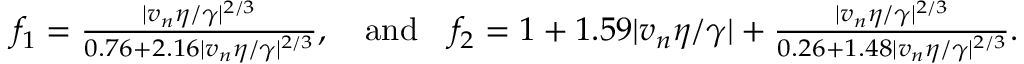
\begin{array} { r } { f _ { 1 } = \frac { | v _ { n } \eta / \gamma | ^ { 2 / 3 } } { 0 . 7 6 + 2 . 1 6 | v _ { n } \eta / \gamma | ^ { 2 / 3 } } , \quad \mathrm { a n d } \quad f _ { 2 } = 1 + 1 . 5 9 | v _ { n } \eta / \gamma | + \frac { | v _ { n } \eta / \gamma | ^ { 2 / 3 } } { 0 . 2 6 + 1 . 4 8 | v _ { n } \eta / \gamma | ^ { 2 / 3 } } . } \end{array}